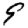
Digit: 9